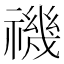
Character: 禨